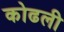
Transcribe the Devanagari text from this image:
कोढली